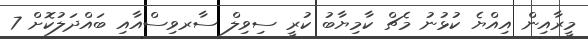
މީރާއިން އިއްޔެ ކުޅުނު މެޗް ކާމިޔާބު ކުރީ ސިވިލް ސާރވިސްއާއި ބައްދަލުކޮށް 7